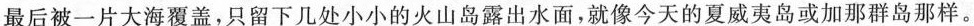
最后被一片大海覆盖，只留下几处小小的火山岛露出水面，就像今天的夏威夷岛或加那群岛那样。